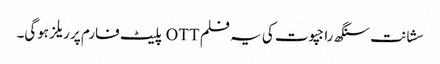
سشانت سنگھ راجپوت کی یہ فلم OTT پلیٹ فارم پر ریلز ہوگی۔